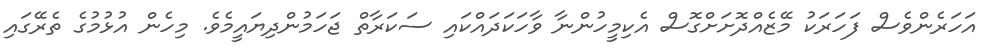
އަހަރެންވެސް ފަހަރަކު މޭޒެއްދޮށަށްގޮސް އެކިމީހުންނާ ވާހަކަދައްކައި ސަކަރާތް ޖަހަމުންދިޔައީމެވެ. މިހެން އުޅުމުގެ ތެރޭގައި